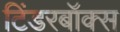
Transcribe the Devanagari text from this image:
टिंडरबॉक्स